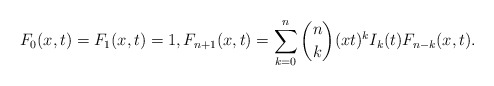
\begin{gather*}F_0(x,t)=F_1(x,t)=1, F_{n+1}(x,t)= \sum_{k=0}^{n} {n \choose k} (xt)^{k} I_k(t) F_{n-k}(x,t).\end{gather*}